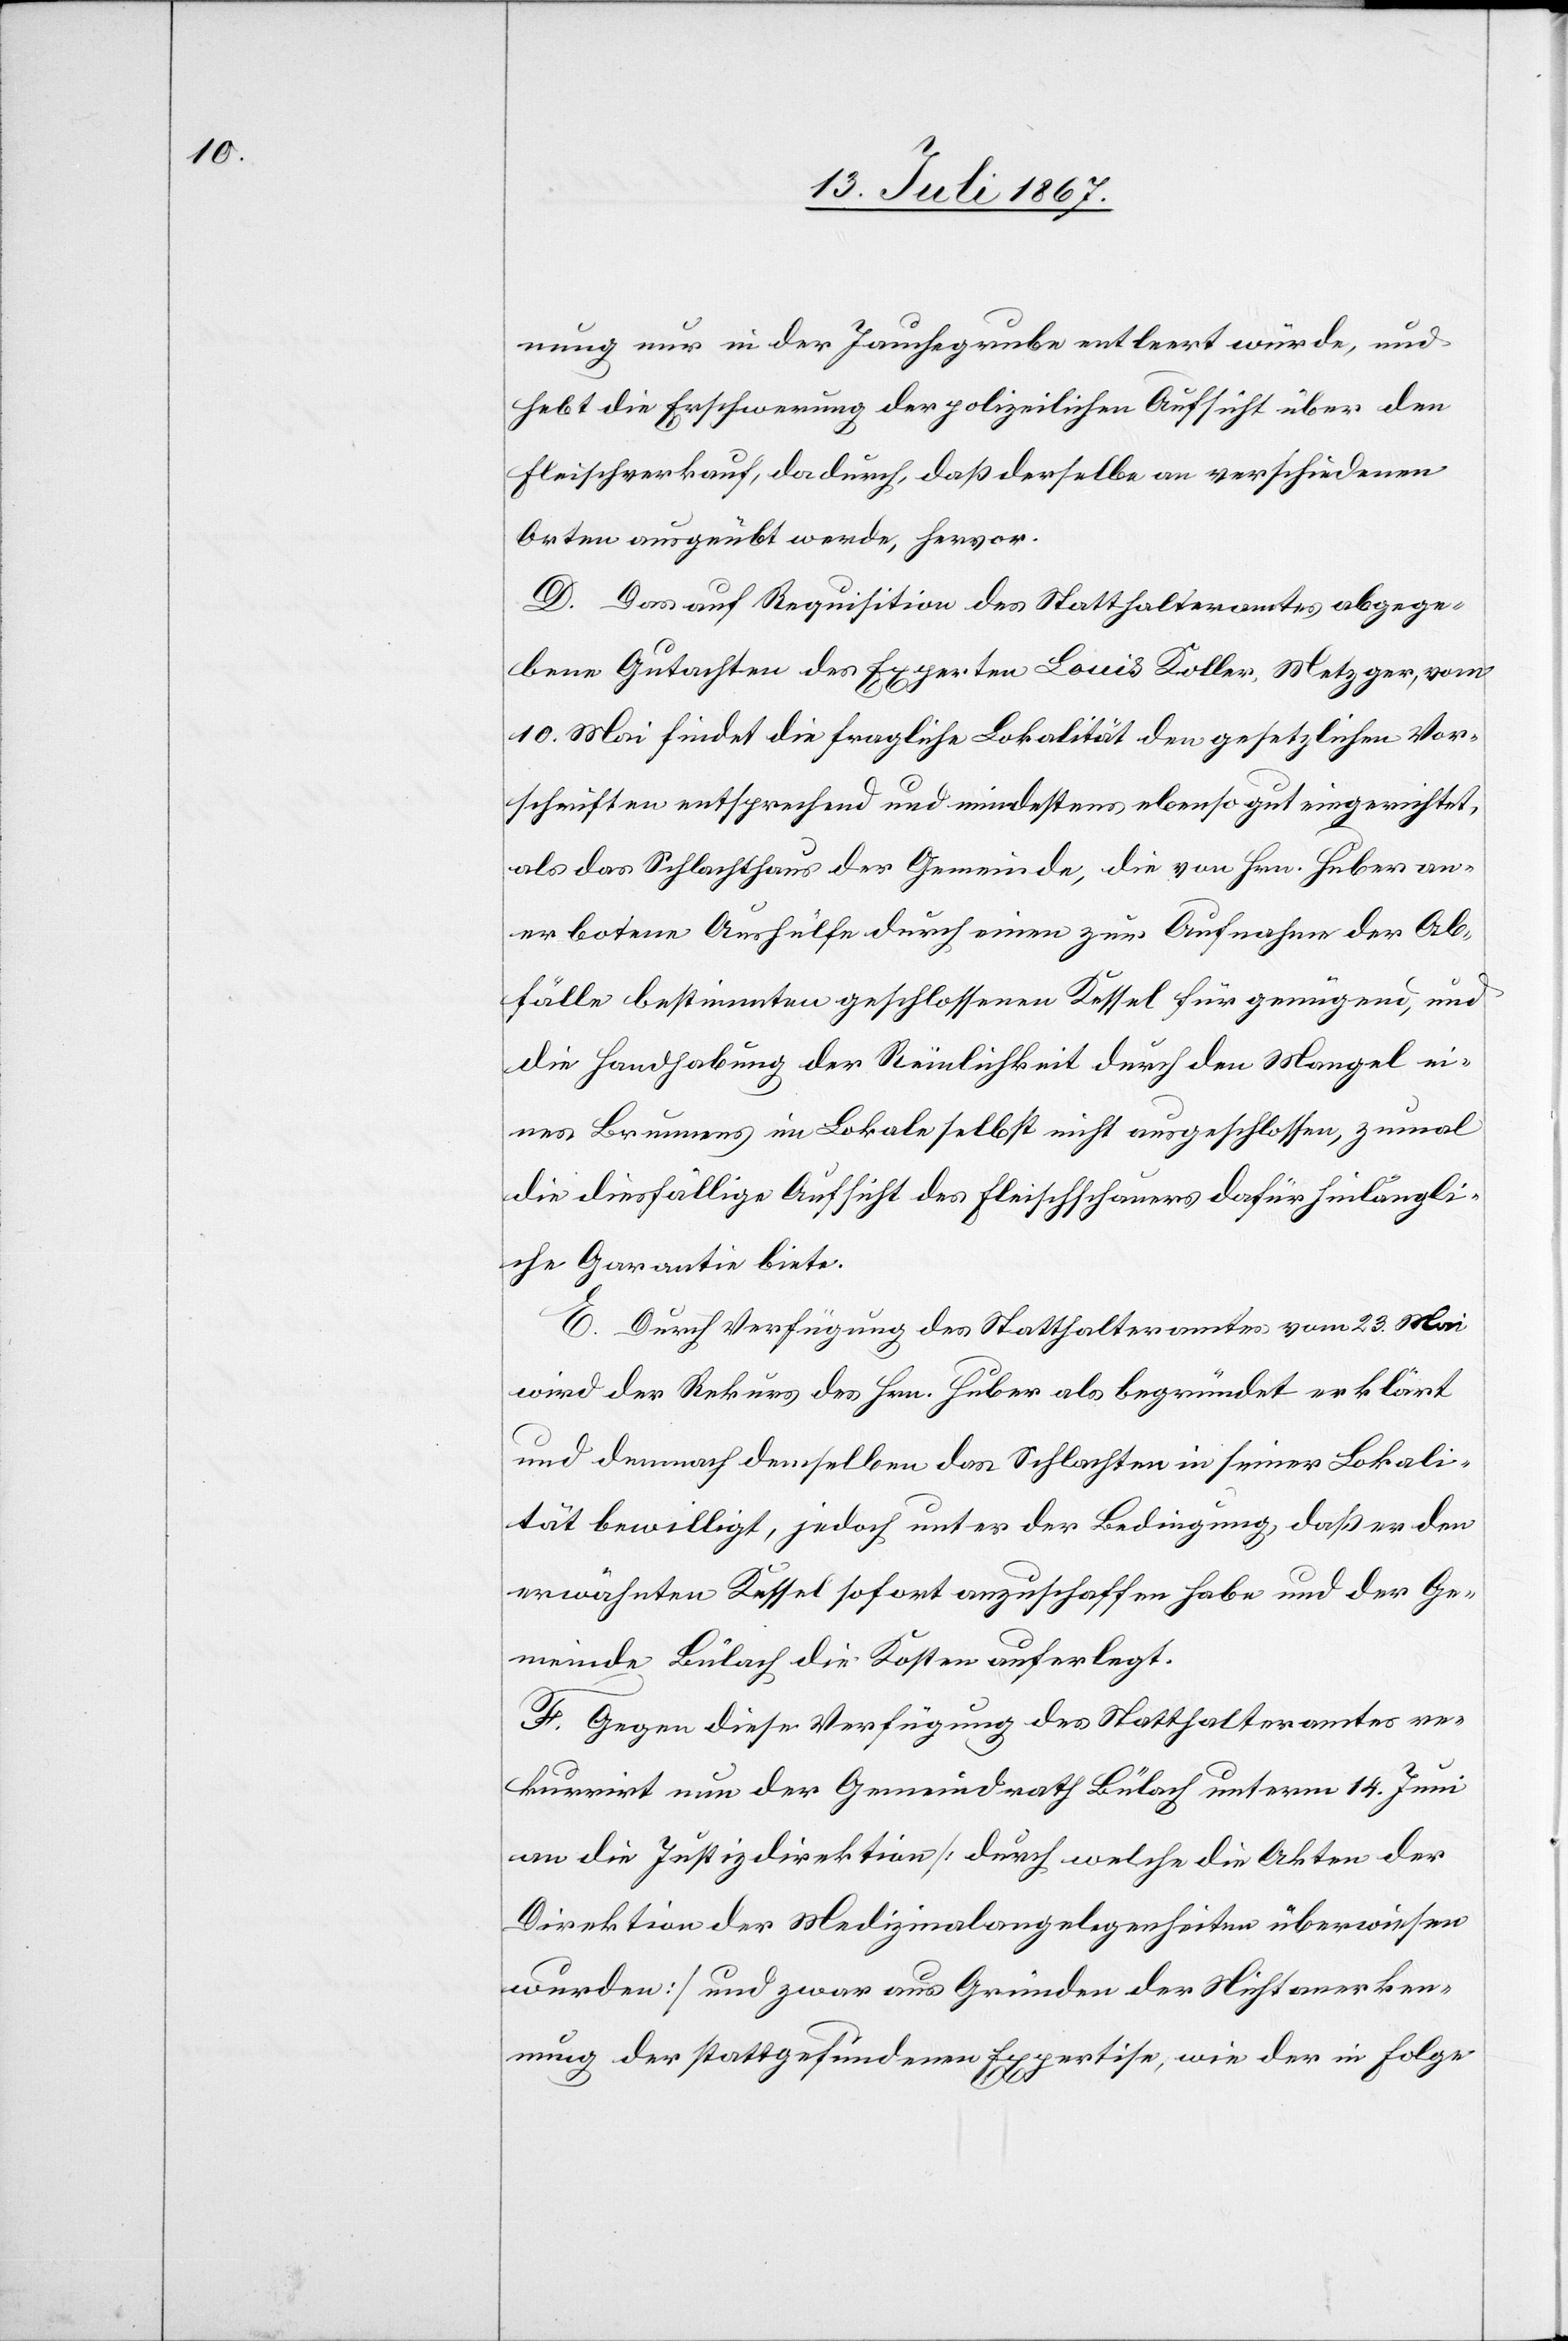
nung nur in der Jauchegrube entleert würde, und
hebt die Erschwerung der polizeilichen Aufsicht über den
Fleischverkauf, dadurch, daß derselbe an verschiedenen
Orten ausgeübt werde, hervor.
D. Das auf Requisition des Statthalteramtes abgege¬
bene Gutachten des Experten Louis Koller, Metzger, vom
10. Mai findet die fragliche Lokalität den gesetzlichen Vor¬
schriften entsprechend und mindestens ebenso gut eingerichtet,
als das Schlachthaus der Gemeinde, die von Hrn. Huber an¬
erbotene Aushülfe durch einen zur Aufnahme der Ab¬
fälle bestimmten geschlossenen Kessel für genügend, und
die Handhabung der Räumlichkeit durch den Mangel ei¬
nes Brunnens im Lokale selbst nicht ausgeschlossen, zumal
die diesfällige Aufsicht des Fleischschauers dafür hinlängli¬
che Garantie biete.
E. Durch Verfügung des Statthalteramtes vom 23. Mai
wird der Rekurs des Hrn. Huber als begründet erklärt
und demnach demselben das Schlachten in seiner Lokali¬
tät bewilligt, jedoch unter der Bedingung, daß er den
erwähnten Kessel sofort anzuschaffen habe und der Ge¬
meinde Bülach die Kosten auferlegt.
G. Gegen diese Verfügung des Statthalteramtes re¬
kurrirt nun der Gemeindrath Bülach unterm 14. Juni
an die Justizdirektion [durch welche die Akten der
Direktion der Medizinalangelegenheiten überwiesen
wurden] und zwar aus Gründen der Nichtanerken¬
nung der stattgefundenen Expertise, wie der in Folge